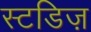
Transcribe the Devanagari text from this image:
स्टडिज़